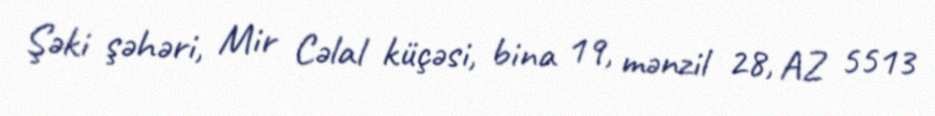
Şəki şəhəri, Mir Cəlal küçəsi, bina 19, mənzil 28, AZ 5513